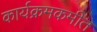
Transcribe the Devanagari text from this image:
कार्यक्रमकमीत